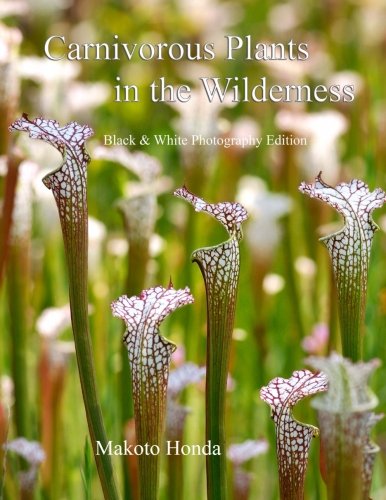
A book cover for Carnivorous Plants in the Wilderness: Black & White Photo Edition; Makoto Honda; Crafts, Hobbies & Home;